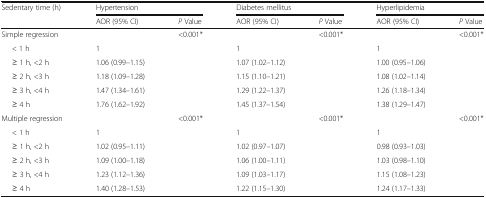
<table><thead><tr><td><b>Sedentary time (h)</b></td><td colspan="2"><b>Hypertension</b></td><td colspan="2"><b>Diabetes mellitus</b></td><td colspan="2"><b>Hyperlipidemia</b></td></tr><tr><td></td><td><b>AOR (95% CI)</b></td><td><b><i>P</i> Value</b></td><td><b>AOR (95% CI)</b></td><td><b><i>P</i> Value</b></td><td><b>AOR (95% CI)</b></td><td><b><i>P</i> Value</b></td></tr></thead><tbody><tr><td>Simple regression</td><td></td><td>&lt;0.001*</td><td></td><td>&lt;0.001*</td><td></td><td>&lt;0.001*</td></tr><tr><td>&lt; 1 h</td><td>1</td><td></td><td>1</td><td></td><td>1</td><td></td></tr><tr><td>≥ 1 h, &lt;2 h</td><td>1.06 (0.99–1.15)</td><td></td><td>1.07 (1.02–1.12)</td><td></td><td>1.00 (0.95–1.06)</td><td></td></tr><tr><td>≥ 2 h, &lt;3 h</td><td>1.18 (1.09–1.28)</td><td></td><td>1.15 (1.10–1.21)</td><td></td><td>1.08 (1.02–1.14)</td><td></td></tr><tr><td>≥ 3 h, &lt;4 h</td><td>1.47 (1.34–1.61)</td><td></td><td>1.29 (1.22–1.37)</td><td></td><td>1.26 (1.18–1.34)</td><td></td></tr><tr><td>≥ 4 h</td><td>1.76 (1.62–1.92)</td><td></td><td>1.45 (1.37–1.54)</td><td></td><td>1.38 (1.29–1.47)</td><td></td></tr><tr><td>Multiple regression</td><td></td><td>&lt;0.001*</td><td></td><td>&lt;0.001*</td><td></td><td>&lt;0.001*</td></tr><tr><td>&lt; 1 h</td><td>1</td><td></td><td>1</td><td></td><td>1</td><td></td></tr><tr><td>≥ 1 h, &lt;2 h</td><td>1.02 (0.95–1.11)</td><td></td><td>1.02 (0.97–1.07)</td><td></td><td>0.98 (0.93–1.03)</td><td></td></tr><tr><td>≥ 2 h, &lt;3 h</td><td>1.09 (1.00–1.18)</td><td></td><td>1.06 (1.00–1.11)</td><td></td><td>1.03 (0.98–1.10)</td><td></td></tr><tr><td>≥ 3 h, &lt;4 h</td><td>1.23 (1.12–1.36)</td><td></td><td>1.09 (1.03–1.17)</td><td></td><td>1.15 (1.08–1.23)</td><td></td></tr><tr><td>≥ 4 h</td><td>1.40 (1.28–1.53)</td><td></td><td>1.22 (1.15–1.30)</td><td></td><td>1.24 (1.17–1.33)</td><td></td></tr></tbody></table>